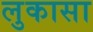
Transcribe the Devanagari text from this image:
लुकासा